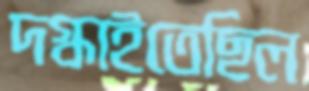
দগ্ধাইতেছিল